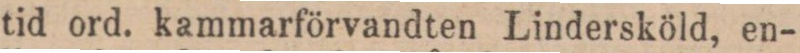
tid ord. kammarförvandten Lindersköld, en-